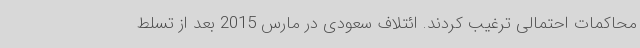
محاکمات احتمالی ترغیب کردند. ائتلاف سعودی در مارس 2015 بعد از تسلط